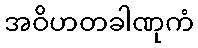
အဝိဟတခါဏုကံ